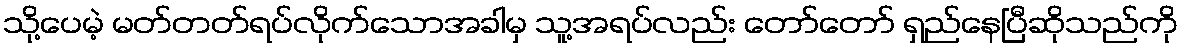
သို့ပေမဲ့ မတ်တတ်ရပ်လိုက်သောအခါမှ သူ့အရပ်လည်း တော်တော် ရှည်နေပြီဆိုသည်ကို